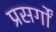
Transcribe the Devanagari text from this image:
प्रसर्गों